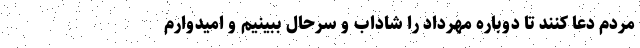
مردم دعا کنند تا دوباره مهرداد را شاداب و سرحال ببینیم و امیدوارم